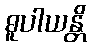
ဓူပါယန္တိ